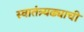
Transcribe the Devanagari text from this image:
स्वातंत्र्यढ्याची